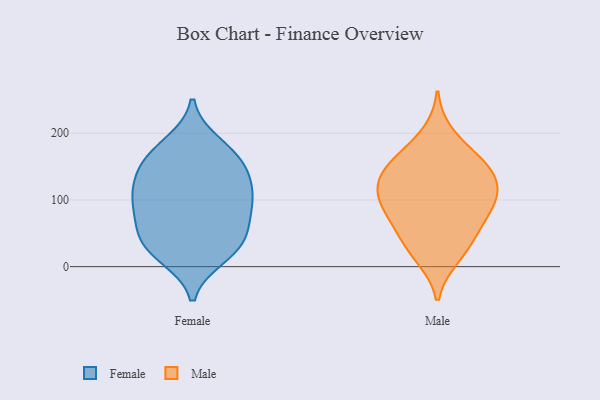
{"axis": {"x": "Satisfaction Score", "y": "Value"}, "legend": ["Female", "Male"], "data": [{"x": "", "y": 146, "type": "Female"}, {"x": "", "y": 110, "type": "Female"}, {"x": "", "y": 143, "type": "Female"}, {"x": "", "y": 24, "type": "Female"}, {"x": "", "y": 16, "type": "Female"}, {"x": "", "y": 118, "type": "Female"}, {"x": "", "y": 34, "type": "Female"}, {"x": "", "y": 38, "type": "Female"}, {"x": "", "y": 184, "type": "Female"}, {"x": "", "y": 89, "type": "Female"}, {"x": "", "y": 77, "type": "Female"}, {"x": "", "y": 82, "type": "Female"}, {"x": "", "y": 170, "type": "Female"}, {"x": "", "y": 48, "type": "Female"}, {"x": "", "y": 163, "type": "Female"}, {"x": "", "y": 110, "type": "Female"}, {"x": "", "y": 159, "type": "Male"}, {"x": "", "y": 110, "type": "Male"}, {"x": "", "y": 103, "type": "Male"}, {"x": "", "y": 91, "type": "Male"}, {"x": "", "y": 141, "type": "Male"}, {"x": "", "y": 166, "type": "Male"}, {"x": "", "y": 140, "type": "Male"}, {"x": "", "y": 13, "type": "Male"}, {"x": "", "y": 17, "type": "Male"}, {"x": "", "y": 52, "type": "Male"}, {"x": "", "y": 102, "type": "Male"}, {"x": "", "y": 129, "type": "Male"}, {"x": "", "y": 200, "type": "Male"}, {"x": "", "y": 61, "type": "Male"}, {"x": "", "y": 109, "type": "Male"}, {"x": "", "y": 77, "type": "Male"}, {"x": "", "y": 44, "type": "Male"}, {"x": "", "y": 156, "type": "Male"}]}